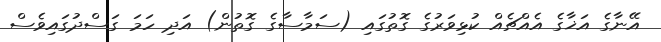
އޭނާގެ އަޚާގެ އެއްޗެއް ކުޅިވަރުގެ ގޮތުގައި (ސަމާސާގެ ގޮތުން) އަދި ހަަމަ ގަސްދުގައިވެސް